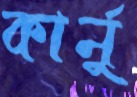
কার্নু